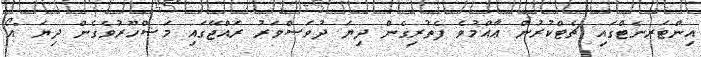
އިންޓަރނެޓްގައި ޗެޓްކުރުން ޢާއްމުވެ ފެތުރިގެން ދިޔަ ދުވަސްވަރު ރައްޖޭގައި މަޝްހޫރުވެގެން ދިޔަ "އޯ